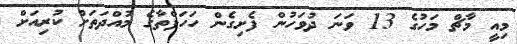
މިއީ މާޗް މަހުގެ 13 ވަނަ ދުވަހުން ފެށިގެން ހަހަފްތާގެ މުއްދަތަށް ކުރިއަށް